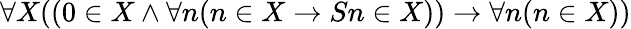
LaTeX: \forall X((0\in X\land\forall n(n\in X\rightarrow Sn\in X))\rightarrow\forall n(n\in X))